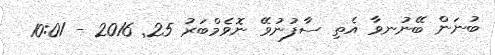
ބުނަން ބޭނުނވާ އެތި ސާފުނުވޭ ނޮވެމްބަރު 25